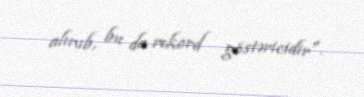
alınıb, bu da rekord göstəricidir".